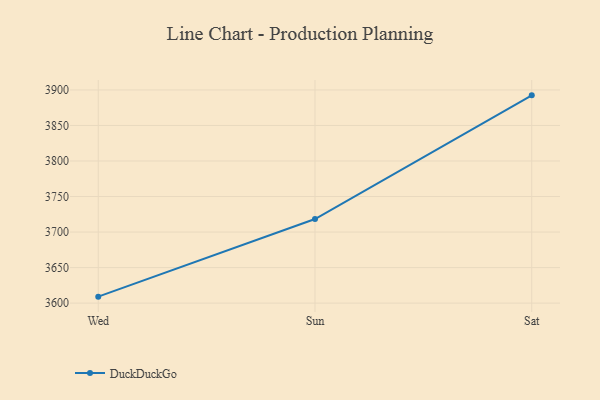
{"axis": {"x": "Day", "y": "Page Views"}, "legend": ["DuckDuckGo"], "data": [{"x": "Wed", "y": 3609.1, "type": "DuckDuckGo"}, {"x": "Sun", "y": 3718.3, "type": "DuckDuckGo"}, {"x": "Sat", "y": 3892.4, "type": "DuckDuckGo"}]}